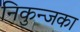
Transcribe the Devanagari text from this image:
निकुन्जका